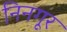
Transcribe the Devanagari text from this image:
निनगूर